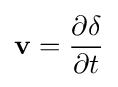
\mathbf {v} ={\frac {\partial \mathbf {\delta } }{\partial t}}